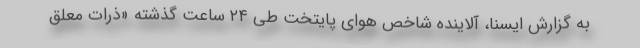
به گزارش ایسنا، آلاینده شاخص هوای پایتخت طی ۲۴ ساعت گذشته «ذرات معلق